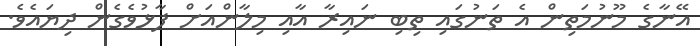
އޭނާގެ މޫނުމަތިން އެ ތަނުގައި ތިބި ނައިރާ އާއި މިލާންއަށް ފާޅުވެގެން ދިޔައެވެ.